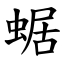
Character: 蜛